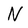
Character: N